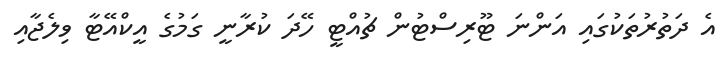
އެ ދަތުރުތަކުގައި އަންނަ ޓޫރިސްޓުން ޗުއްޓީ ހޭދަ ކުރާނީ ގަމުގެ އީކްއޭޓާ ވިލެޖާއި